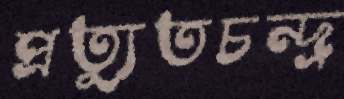
প্রত্যুতচন্দ্র